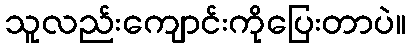
သူလည်းကျောင်းကိုပြေးတာပဲ။